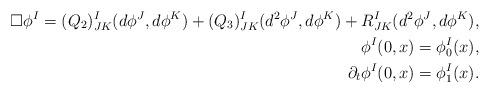
LaTeX: \begin{align*} \begin{aligned} \Box \phi^I = (Q_2)^I_{J K} (d \phi^J,d \phi^K) + (Q_3)^I_{J K} (d^2 \phi^J,d \phi^K) + R^I_{J K} (d^2 \phi^J,d \phi^K), \\ \phi^I (0,x) = \phi_0^I (x), \\ \partial_t \phi^I (0,x) = \phi_1^I (x). \end{aligned}\end{align*}